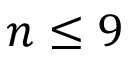
n \leq 9